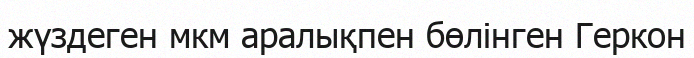
жүздеген мкм аралықпен бөлінген Геркон